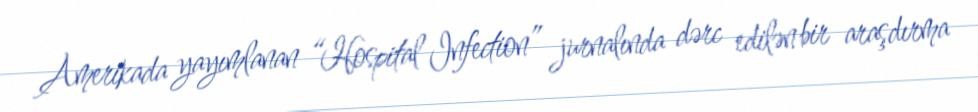
Amerikada yayımlanan “Hospital Infection” jurnalında dərc edilən bir araşdırma